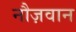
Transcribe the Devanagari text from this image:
नौज़वान